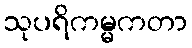
သုပရိကမ္မကတာ